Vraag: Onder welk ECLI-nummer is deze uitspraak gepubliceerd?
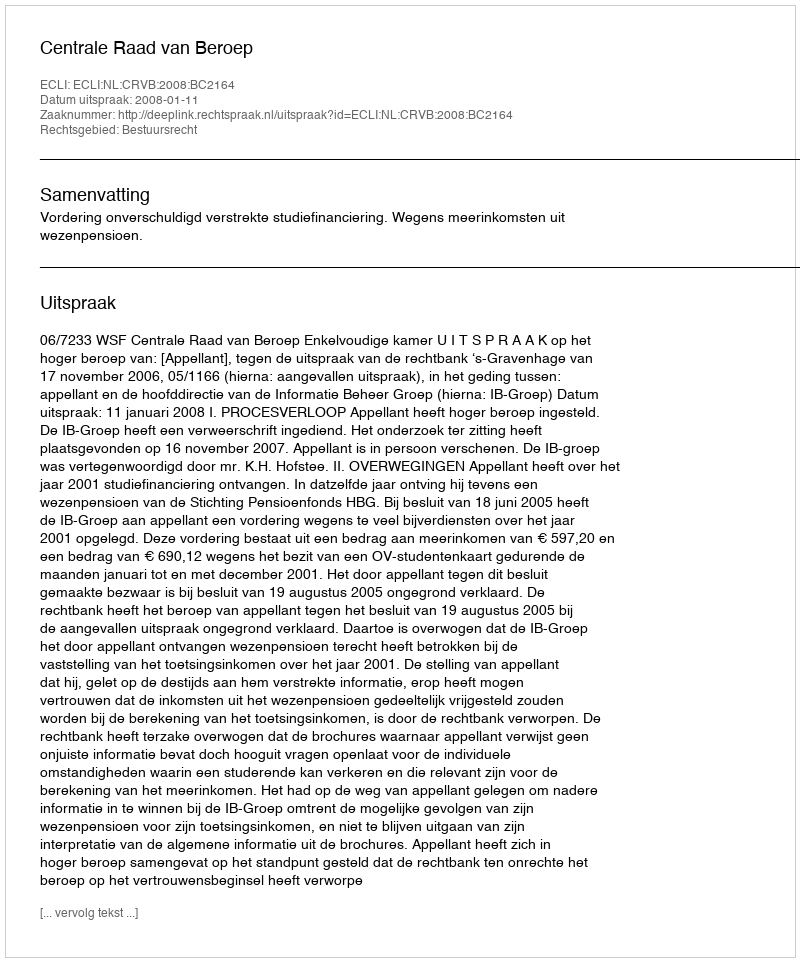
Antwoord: ECLI:NL:CRVB:2008:BC2164